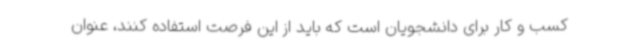
کسب و کار برای دانشجویان است که باید از این فرصت استفاده کنند، عنوان